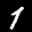
Label: 1